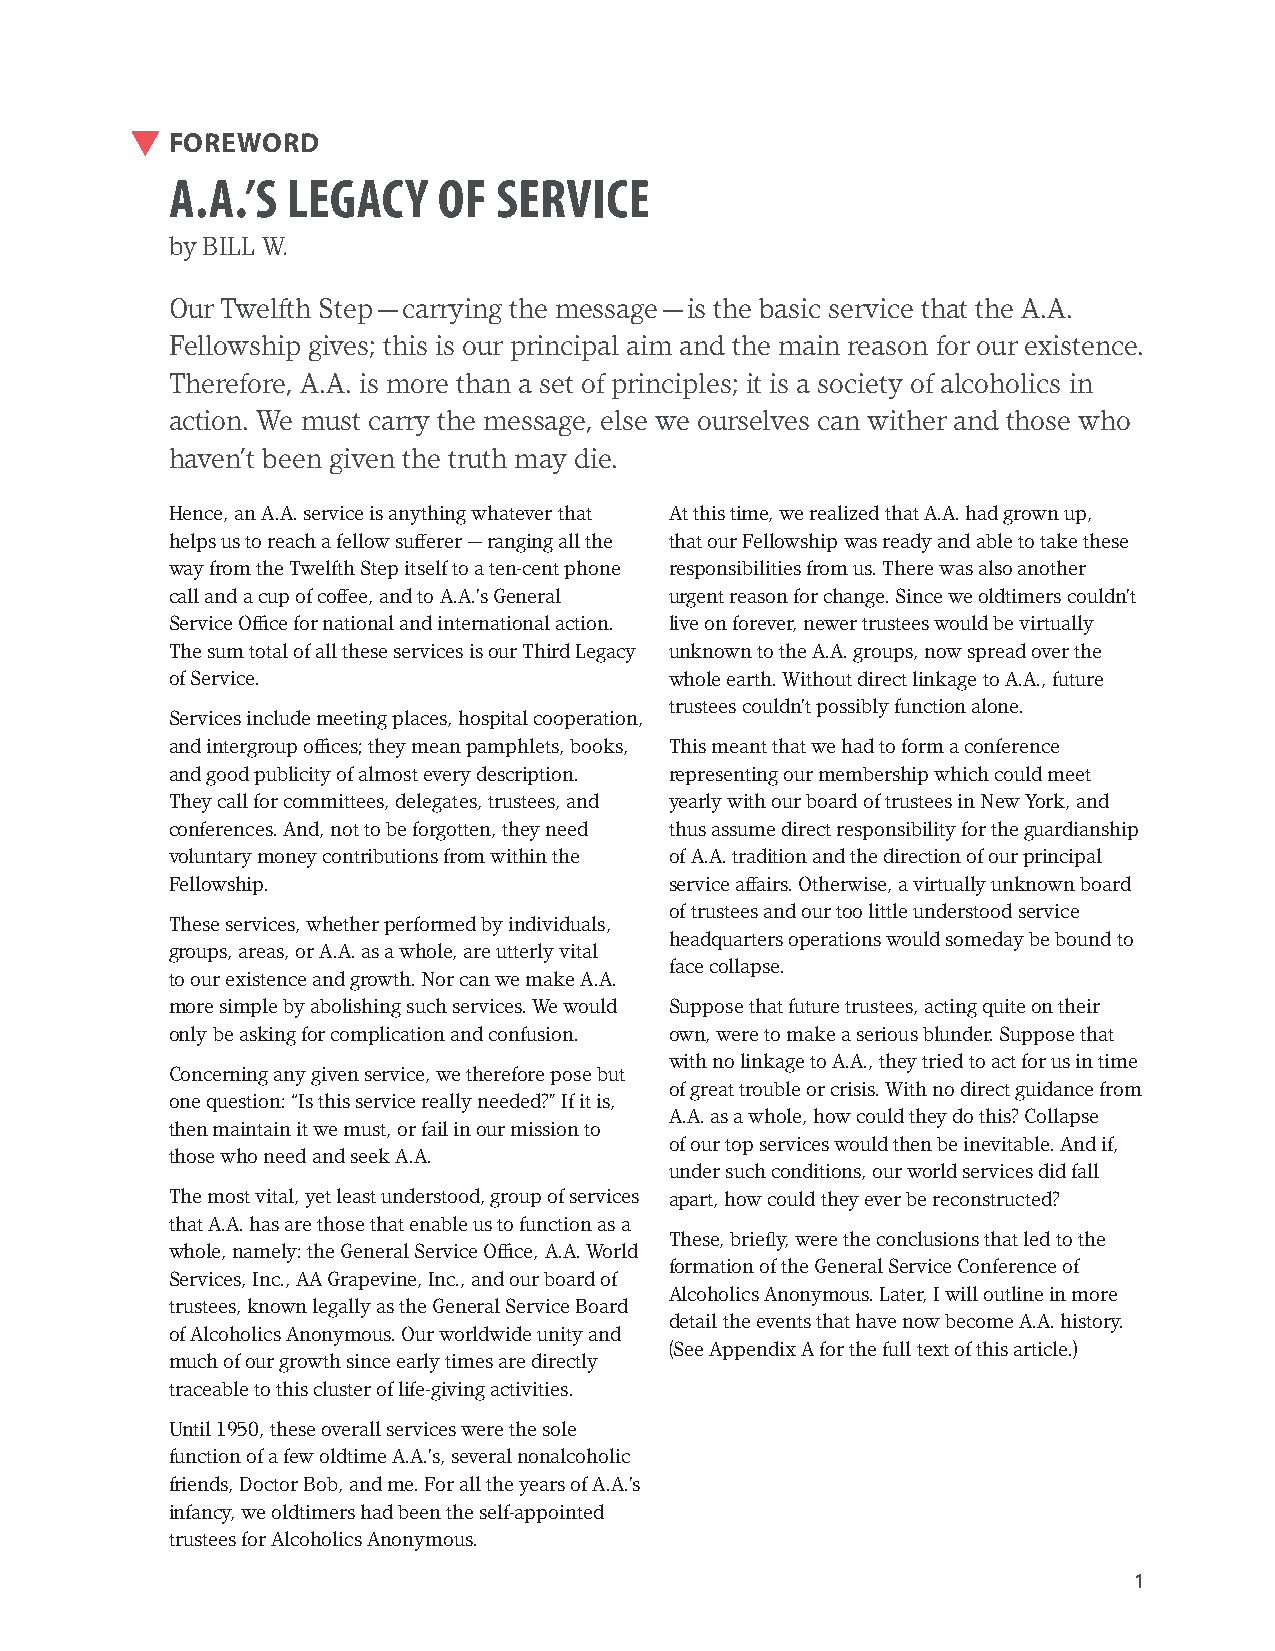
FOREWORD
 A.A.’S  LEGACY    OF  SERVICE
 by BILL W.
 Our Twelfth Step — carrying the message — is the basic service that the A.A.
 Fellowship gives; this is our principal aim and the main reason for our existence.
 Therefore, A.A. is more than a set of principles; it is a society of alcoholics in
 action. We must carry the message, else we ourselves can wither and those who
 haven’t been given the truth may die.
 Hence, an A.A. service is anything whatever that At this time, we realized that A.A. had grown up,
 helps us to reach a fellow sufferer — ranging all the that our Fellowship was ready and able to take these
 way from the Twelfth Step itself to a ten-cent phone responsibilities from us. There was also another
 call and a cup of coffee, and to A.A.’s General urgent reason for change. Since we oldtimers couldn’t
 Service Office for national and international action. live on forever, newer trustees would be virtually
 The sum total of all these services is our Third Legacy unknown to the A.A. groups, now spread over the
 of Service.                      whole earth. Without direct linkage to A.A., future
 trustees couldn’t possibly function alone.
 Services include meeting places, hospital cooperation,
 and intergroup offices; they mean pamphlets, books, This meant that we had to form a conference
 and good publicity of almost every description. representing our membership which could meet
 They call for committees, delegates, trustees, and yearly with our board of trustees in New York, and
 conferences. And, not to be forgotten, they need thus assume direct responsibility for the guardianship
 voluntary money contributions from within the of A.A. tradition and the direction of our principal
 Fellowship.                      service affairs. Otherwise, a virtually unknown board
 of trustees and our too little understood service
 These services, whether performed by individuals,
 headquarters operations would someday be bound to
 groups, areas, or A.A. as a whole, are utterly vital
 face collapse.
 to our existence and growth. Nor can we make A.A.
 more simple by abolishing such services. We would Suppose that future trustees, acting quite on their
 only be asking for complication and confusion. own, were to make a serious blunder. Suppose that
 with no linkage to A.A., they tried to act for us in time
 Concerning any given service, we therefore pose but
 of great trouble or crisis. With no direct guidance from
 one question: “Is this service really needed?” If it is,
 A.A. as a whole, how could they do this? Collapse
 then maintain it we must, or fail in our mission to
 of our top services would then be inevitable. And if,
 those who need and seek A.A.
 under such conditions, our world services did fall
 The most vital, yet least understood, group of services apart, how could they ever be reconstructed?
 that A.A. has are those that enable us to function as a
 These, briefly, were the conclusions that led to the
 whole, namely: the General Service Office, A.A. World
 formation of the General Service Conference of
 Services, Inc., AA Grapevine, Inc., and our board of
 Alcoholics Anonymous. Later, I will outline in more
 trustees, known legally as the General Service Board
 detail the events that have now become A.A. history.
 of Alcoholics Anonymous. Our worldwide unity and
 (See Appendix A for the full text of this article.)
 much of our growth since early times are directly
 traceable to this cluster of life-giving activities.
 Until 1950, these overall services were the sole
 function of a few oldtime A.A.’s, several nonalcoholic
 friends, Doctor Bob, and me. For all the years of A.A.’s
 infancy, we oldtimers had been the self-appointed
 trustees for Alcoholics Anonymous.
 1